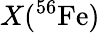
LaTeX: X(^{56}\mathrm{Fe})